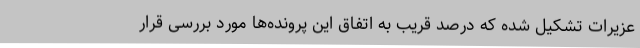
عزیرات تشکیل شده‌ که درصد قریب به اتفاق این پرونده‌ها مورد بررسی قرار